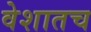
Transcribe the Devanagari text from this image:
वेशातच